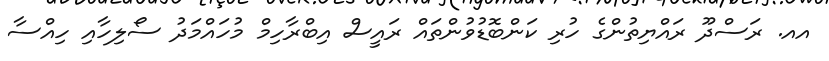
އއ. ރަސްދޫ ރައްޔިތުންގެ ހުރި ކަންބޮޑުވުންތައް ރައީސް އިބްރާހިމް މުހައްމަދު ސޯލިހާއި ހިއްސާ